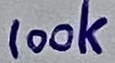
Text: 100k